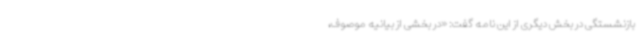
بازنشستگی در بخش دیگری از این نامه گفت: «در بخشی از بیانیه موصوف،